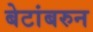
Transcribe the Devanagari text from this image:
बेटांबरुन